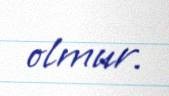
olmur.